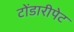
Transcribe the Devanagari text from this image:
टोंडारीपेट